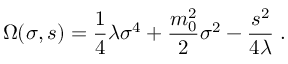
\Omega ( \sigma , s ) = { \frac { 1 } { 4 } } \lambda \sigma ^ { 4 } + { \frac { m _ { 0 } ^ { 2 } } { 2 } } \sigma ^ { 2 } - { \frac { s ^ { 2 } } { 4 \lambda } } \; .